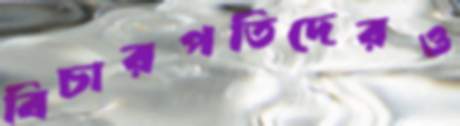
বিচারপতিদেরও